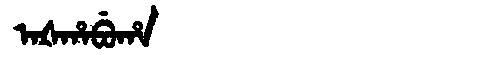
Manchu: ᠠᡧᡥᠠᠪᡠᡥᠠ
Romanization: AŠHABUHA